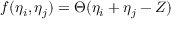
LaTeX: f ( \eta _ { i } , \eta _ { j } ) = \Theta ( \eta _ { i } + \eta _ { j } - Z )